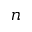
n